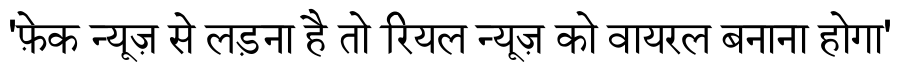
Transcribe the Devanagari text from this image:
'फ़ेक न्यूज़ से लड़ना है तो रियल न्यूज़ को वायरल बनाना होगा'